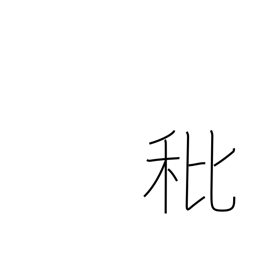
Meaning: empty grain or rice husk